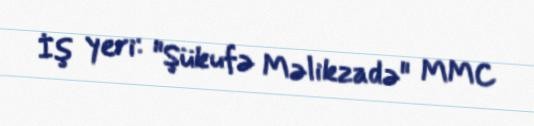
İş yeri: "Şükufə Məlikzadə" MMC